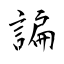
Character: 諞